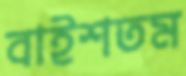
বাইশতম